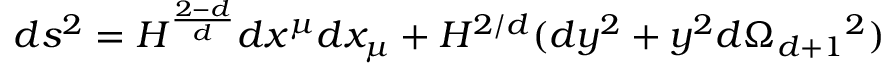
d s ^ { 2 } = H ^ { \frac { 2 - d } { d } } d x ^ { \mu } d x _ { \mu } + H ^ { 2 / d } ( d y ^ { 2 } + y ^ { 2 } d \Omega _ { d + 1 } { } ^ { 2 } )